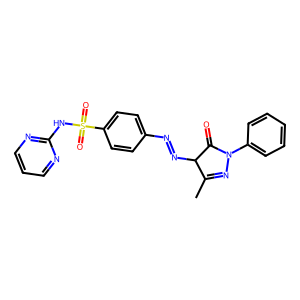
SMILES: CC1=NN(c2ccccc2)C(=O)C1N=Nc1ccc(S(=O)(=O)Nc2ncccn2)cc1
Inhibits HIV replication: No